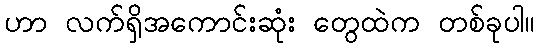
ဟာ လက်ရှိအကောင်းဆုံး တွေထဲက တစ်ခုပါ။